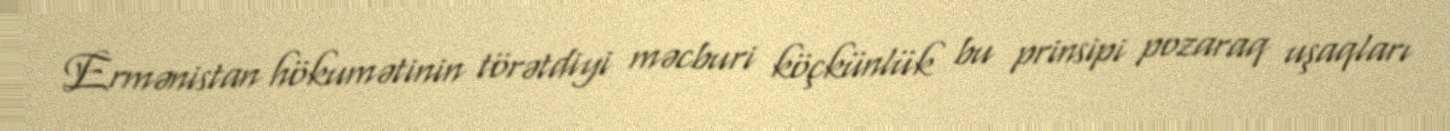
Ermənistan hökumətinin törətdiyi məcburi köçkünlük bu prinsipi pozaraq uşaqları